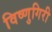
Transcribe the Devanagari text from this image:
विष्णुगिरी